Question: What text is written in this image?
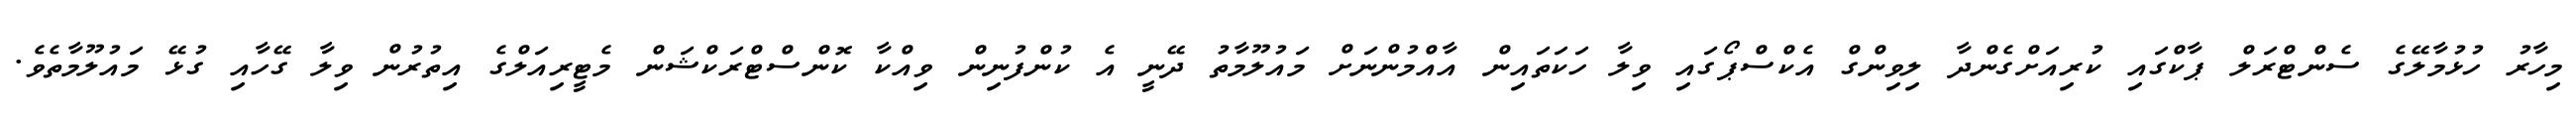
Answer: މިހާރު ހުޅުމާލޭގެ ސެންޓްރަލް ޕާކްގައި ކުރިއަށްގެންދާ ލިވިންގް އެކްސްޕޯގައި ވިލާ ހަކަތައިން އާއްމުންނަށް މައުލޫމާތު ދޭނީ އެ ކުންފުނިން ވިއްކާ ކޮންސްޓްރަކްޝަން މެޓީރިއަލްގެ އިތުރުން ވިލާ ގޭހާއި ގުޅޭ މައުލޫމާތެވެ.